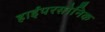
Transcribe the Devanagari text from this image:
हाईपरसोनिक